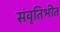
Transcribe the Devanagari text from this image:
संवृतिभीत